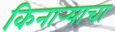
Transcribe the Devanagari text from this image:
किनार्‍याचा